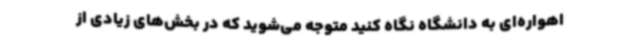
اهواره‌ای به دانشگاه نگاه کنید متوجه می‌شوید که در بخش‌های زیادی از